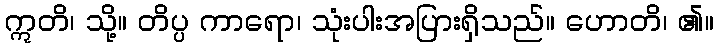
ဣတိ၊ သို့။ တိပ္ပ ကာရော၊ သုံးပါးအပြားရှိသည်။ ဟောတိ၊ ၏။